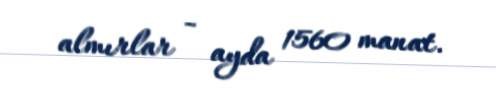
almırlar - ayda 1560 manat.